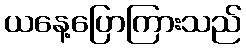
ယနေ့ပြောကြားသည်